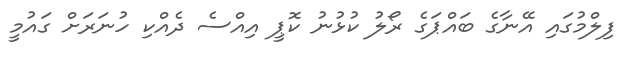
ފިލްމުގައި އޭނާގެ ބައްޕަގެ ރޯލު ކުޅުނު ކޮޕީ އިއްސެ ދެއްކި ހުނަރަށް ގައުމީ